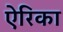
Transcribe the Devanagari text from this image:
ऐरिका